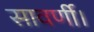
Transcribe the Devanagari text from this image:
सावर्णी।